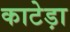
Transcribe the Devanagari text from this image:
काटेड़ा